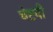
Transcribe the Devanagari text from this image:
चेष्टवी